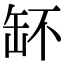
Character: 𦈧